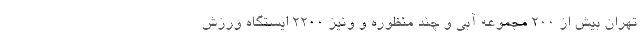
تهران بیش از ۲۰۰ مجموعه آبی و چند منظوره و ونیز ۲۲۰۰ ایستگاه ورزش